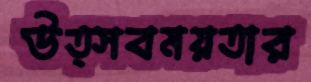
উত্সবময়তার